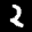
Label: 2